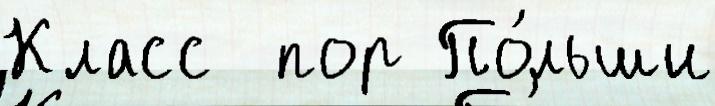
Класс  пор По́льши